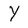
Character: Y